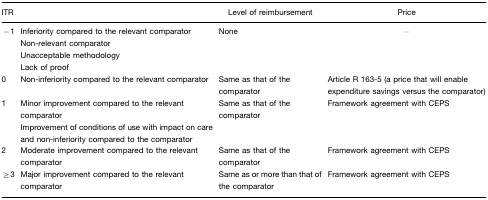
<table><thead><tr><td><b>ITR</b></td><td>[EMPTY_CELL]</td><td><b>Level of reimbursement</b></td><td><b>Price</b></td></tr></thead><tbody><tr><td>−1</td><td>Inferiority compared to the relevant comparator</td><td>None</td><td>–</td></tr><tr><td>[EMPTY_CELL]</td><td>Non-relevant comparator</td><td>[EMPTY_CELL]</td><td>[EMPTY_CELL]</td></tr><tr><td>[EMPTY_CELL]</td><td>Unacceptable methodology</td><td>[EMPTY_CELL]</td><td>[EMPTY_CELL]</td></tr><tr><td>[EMPTY_CELL]</td><td>Lack of proof</td><td>[EMPTY_CELL]</td><td>[EMPTY_CELL]</td></tr><tr><td>0</td><td>Non-inferiority compared to the relevant comparator</td><td>Same as that of the comparator</td><td>Article R 163-5 (a price that will enable expenditure savings versus the comparator)</td></tr><tr><td>1</td><td>Minor improvement compared to the relevant comparator</td><td>Same as that of the comparator</td><td>Framework agreement with CEPS</td></tr><tr><td>[EMPTY_CELL]</td><td>Improvement of conditions of use with impact on care and non-inferiority compared to the comparator</td><td>[EMPTY_CELL]</td><td>[EMPTY_CELL]</td></tr><tr><td>2</td><td>Moderate improvement compared to the relevant comparator</td><td>Same as that of the comparator</td><td>Framework agreement with CEPS</td></tr><tr><td>≥3</td><td>Major improvement compared to the relevant comparator</td><td>Same as or more than that of the comparator</td><td>Framework agreement with CEPS</td></tr></tbody></table>